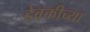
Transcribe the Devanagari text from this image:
देवकीच्या